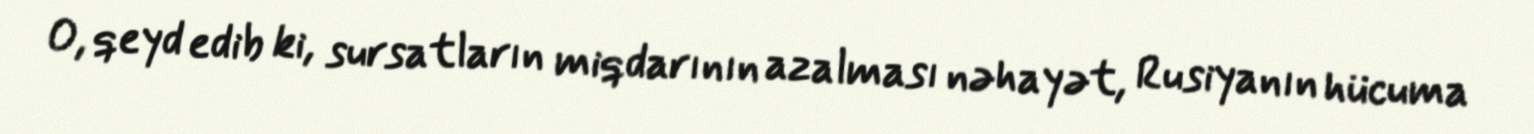
O, qeyd edib ki, sursatların miqdarının azalması nəhayət, Rusiyanın hücuma